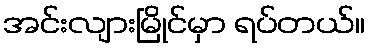
အင်းလျားမြိုင်မှာ ရပ်တယ်။